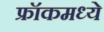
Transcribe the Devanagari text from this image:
फ्रॉकमध्ये